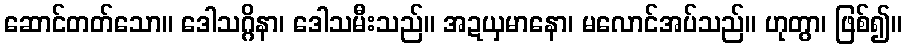
ဆောင်တတ်သော။ ဒေါသဂ္ဂိနာ၊ ဒေါသမီးသည်။ အဍယှမာနော၊ မလောင်အပ်သည်။ ဟုတွာ၊ ဖြစ်၍။